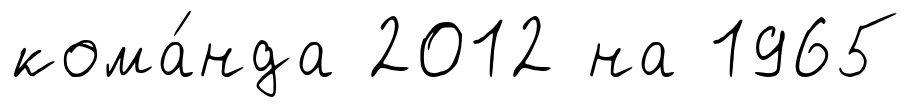
кома́нда 2012 на 1965